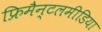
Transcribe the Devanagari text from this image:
फ्रिमैन्टलमीडिया